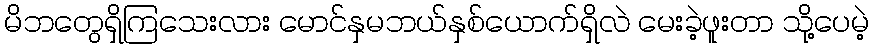
မိဘတွေရှိကြသေးလား မောင်နှမဘယ်နှစ်ယောက်ရှိလဲ မေးခဲ့ဖူးတာ သို့ပေမဲ့